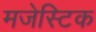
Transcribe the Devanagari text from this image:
मजेस्टिक